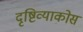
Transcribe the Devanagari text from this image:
दृष्टिव्याकोस